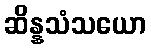
ဆိန္နသံသယော